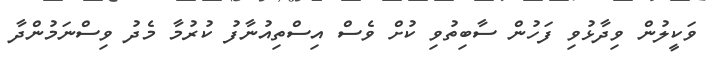
ވަކީލުން ވިދާޅުވި ފަހުން ސާބިތުވި ކުށް ވެސް އިސްތިއުނާފު ކުރުމާ މެދު ވިސްނަމުންދާ